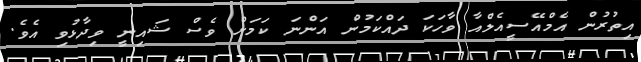
އިތުރުން އެމްއޭސީއެލްއާ ވާހަކަ ދައްކަމުން އަންނަ ކަމަށް ވެސް ޝައިނީ ވިދާޅުވި އެވެ.